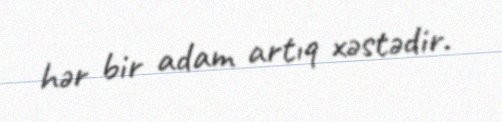
hər bir adam artıq xəstədir.